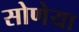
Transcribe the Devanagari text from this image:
सोणेया